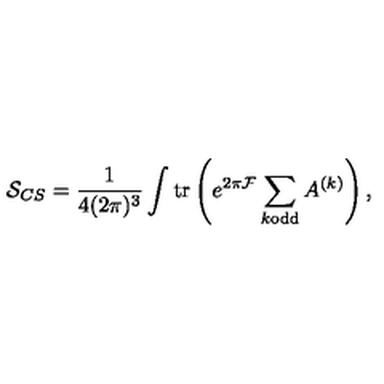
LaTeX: { \cal S } _ { C S } = \frac { 1 } { 4 ( 2 \pi ) ^ { 3 } } \int \mathrm { t r } \left( e ^ { 2 \pi { \cal F } } \sum _ { k \mathrm { o d d } } A ^ { ( k ) } \right) ,